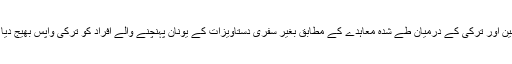
یورپی یونین اور ترکی کے درمیان طے شدہ معاہدے کے مطابق بغیر سفری دستاویزات کے یونان پہنچنے والے افراد کو ترکی واپس بھیج دیا جائے گا۔